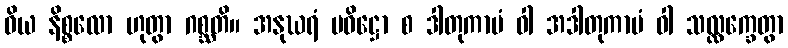
ဝိယ နိစ္စလော ဟုတွာ ဂစ္ဆတိ။ အနုဃရံ ပဝိဋ္ဌော စ ဒါတုကာမံ ဝါ အဒါတုကာမံ ဝါ သလ္လက္ခေတွာ